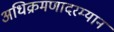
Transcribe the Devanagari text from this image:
अधिक्रमणादरम्यान